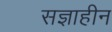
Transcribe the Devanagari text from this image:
सज्ञाहीन